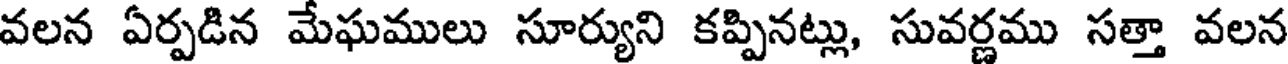
వలన ఏర్పడిన మేఘములు సూర్యుని కప్పినట్లు, సువర్ణము సత్తా వలన